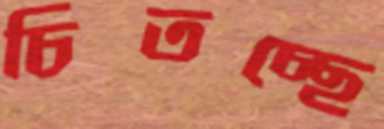
চিতচ্ছে